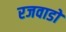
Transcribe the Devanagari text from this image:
रजवाडो